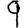
Digit: 9